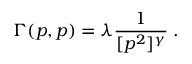
\Gamma ( p , p ) = \lambda \frac { 1 } { [ p ^ { 2 } ] ^ { \gamma } } \; .